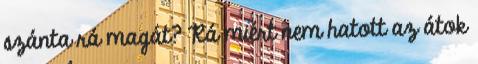
szánta rá magát? Rá miért nem hatott az átok